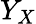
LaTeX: Y_{X}